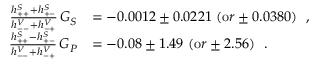
\begin{array} { r l } { { \frac { h _ { + + } ^ { S } + h _ { + - } ^ { S } } { h _ { -- } ^ { V } + h _ { - + } ^ { V } } \, G _ { S } } } & { { = - 0 . 0 0 1 2 \pm 0 . 0 2 2 1 \ ( { \mathrm o r } \pm 0 . 0 3 8 0 ) \ \ , \ \ } } \\ { { \frac { h _ { + + } ^ { S } - h _ { + - } ^ { S } } { h _ { -- } ^ { V } + h _ { - + } ^ { V } } \, G _ { P } } } & { { = - 0 . 0 8 \pm 1 . 4 9 \ ( { \mathrm o r } \pm 2 . 5 6 ) \ \ . \ \ } } \end{array}